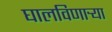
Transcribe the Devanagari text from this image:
घालविणार्‍या